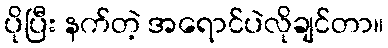
ပိုပြီး နက်တဲ့ အရောင်ပဲလိုချင်တာ။